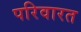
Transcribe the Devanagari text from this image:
परिवारत